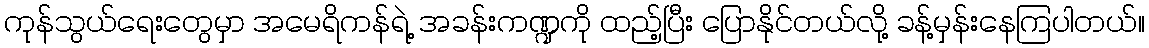
ကုန်သွယ်ရေးတွေမှာ အမေရိကန်ရဲ့ အခန်းကဏ္ဍကို ထည့်ပြီး ပြောနိုင်တယ်လို့ ခန့်မှန်းနေကြပါတယ်။